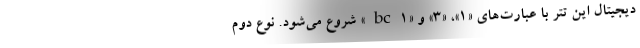
دیجیتال این تتر با عبارت‌های «۱»، «۳» و «bc1» شروع می‌شود. نوع دوم